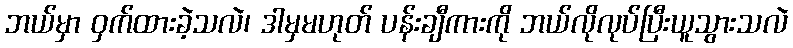
ဘယ်မှာ ဝှက်ထားခဲ့သလဲ၊ ဒါမှမဟုတ် ပန်းချီကားကို ဘယ်လိုလုပ်ပြီးယူသွားသလဲ